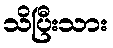
သိပြီးသား